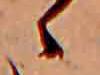
ゝ